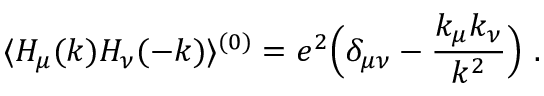
\langle H _ { \mu } ( k ) H _ { \nu } ( - k ) \rangle ^ { ( 0 ) } = e ^ { 2 } \Bigl ( \delta _ { \mu \nu } - { \frac { k _ { \mu } k _ { \nu } } { k ^ { 2 } } } \Bigr ) \ .